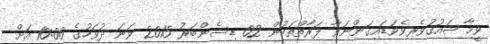
ވީމާ ޝައުޤުވެރިވެވަޑައިގަންނަވާ ފަރާތްތަކުން 02 ޑިސެންބަރު 2015 ވަނަ ދުވަހުގެ 10:00 އަށް